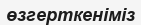
өзгерткеніміз